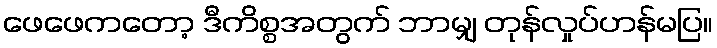
ဖေဖေကတော့ ဒီကိစ္စအတွက် ဘာမျှ တုန်လှုပ်ဟန်မပြ။